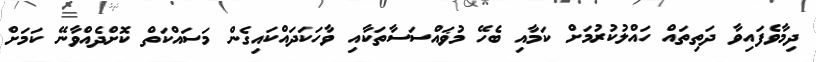
ދިމާވެފައިވާ ދަތިތައް ހައްލުކުރުމަށް ކަމާއި ބެހޭ މުޥައްސަސާތަކާއި ވާހަކަދައްކައިގެން މަސައްކަތް ކޮށްދެއްވާނޭ ކަމަށް